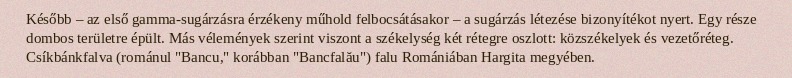
Később – az első gamma-sugárzásra érzékeny műhold felbocsátásakor – a sugárzás létezése bizonyítékot nyert. Egy része dombos területre épült. Más vélemények szerint viszont a székelység két rétegre oszlott: közszékelyek és vezetőréteg. Csíkbánkfalva (románul "Bancu," korábban "Bancfalău") falu Romániában Hargita megyében.